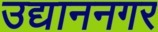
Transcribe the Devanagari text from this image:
उद्याननगर